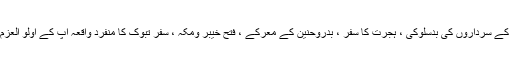
طائف کاسفر اور وہاں کے سرداروں کی بدسلوکی ، ہجرت کا سفر ، بدروحنین کے معرکے ، فتح خیبر ومکہ ، سفر تبوک کا منفرد واقعہ آپ کے اولو العزم ہونے کا پتہ چلتا ہے۔